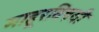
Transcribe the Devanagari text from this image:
माहूरविषयी